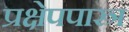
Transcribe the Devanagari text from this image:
प्रक्षेपपास्त्र